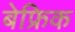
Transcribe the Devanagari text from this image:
बेफ्रिक